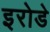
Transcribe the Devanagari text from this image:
इरोडे